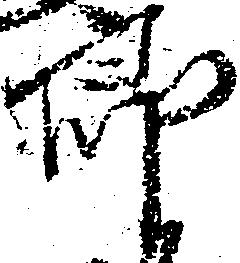
郎